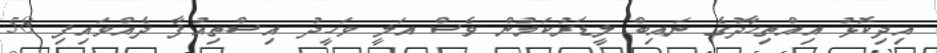
އިދިކޮޅު އިއްތިހާދުގެ ނައިބް ލީޑަރުކަމުން ވެސް އަލީ ވަހީދު އިސްތިއުފާ ދެއްވައިފި 58